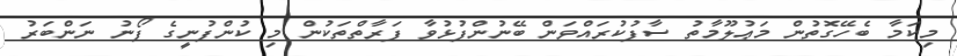
މިކަމާ ބެހޭގޮތުން މަޢުލޫމާތު ސާފުކުރައްވަން ބޭނުންފުޅުވާ ފަރާތްތަކުން މި ކުންފުނީގެ ފޯނު ނަންބަރު